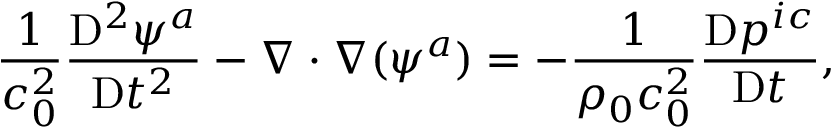
\frac { 1 } { c _ { 0 } ^ { 2 } } \frac { \mathrm { D } ^ { 2 } \psi ^ { a } } { \mathrm { D } t ^ { 2 } } - \nabla \cdot \nabla ( \psi ^ { a } ) = - \frac { 1 } { \rho _ { 0 } c _ { 0 } ^ { 2 } } \frac { \mathrm { D } p ^ { i c } } { \mathrm { D } t } ,